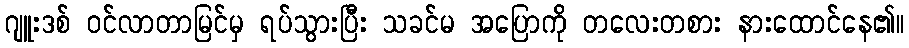
ဂျူးဒစ် ဝင်လာတာမြင်မှ ရပ်သွားပြီး သခင်မ အပြောကို တလေးတစား နားထောင်နေ၏။